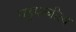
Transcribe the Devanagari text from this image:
बहुपत्‍नीत्व